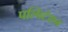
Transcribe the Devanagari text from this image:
पल्पिटेशन